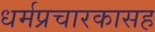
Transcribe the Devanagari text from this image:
धर्मप्रचारकासह